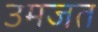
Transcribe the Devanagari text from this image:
उमजत